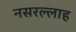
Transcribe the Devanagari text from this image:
नसरल्लाह